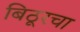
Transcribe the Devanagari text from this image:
बिठूरचा